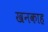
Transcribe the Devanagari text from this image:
खनकाह